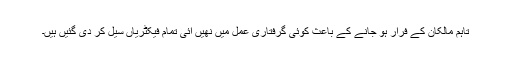
تاہم مالکان کے فرار ہو جانے کے باعث کوئی گرفتاری عمل میں نھیں آئی تمام فیکٹریاں سیل کر دی گئیں ہیں۔